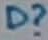
Text: D?